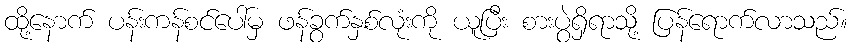
ထို့နောက် ပန်းကန်စင်ပေါ်မှ ဖန်ခွက်နှစ်လုံးကို ယူပြီး စားပွဲရှိရာသို့ ပြန်ရောက်လာသည်။